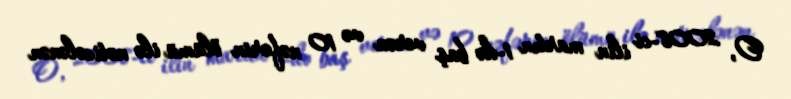
O, 2008-ci ilin martın 1-də baş verən və 10 nəfərin ölümü ilə nəticələnən